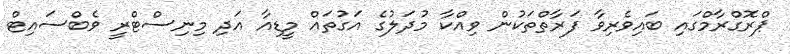
ޕްރޮގްރާމްގައި ބައިވެރިވާ ފަރާތްތަކުން ވިއްކާ މުދަލުގެ އަގުތައް މީޑިއާ އަދި މިނިސްޓްރީ ވެބްސައިޓް